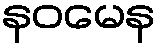
နဝမေန